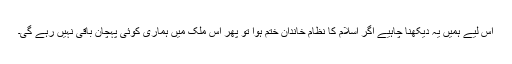
اس لیے ہمیں یہ دیکھنا چاہیے اگر اسلام کا نظام خاندان ختم ہوا تو پھر اس ملک میں ہماری کوئی پہچان باقی نہیں رہے گی۔